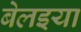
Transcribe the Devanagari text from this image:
बेलइया